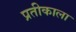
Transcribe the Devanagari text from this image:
प्रतीकाला